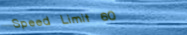
Speed Limit 60